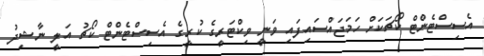
އެސިސްޓެންޓް ކޯޗަކަށް ހަމަޖައްސައިފައި ވަނީ ވިކްޓަރީގެ ކުރީގެ އެސިސްޓެންޓް ކޯޗު އަލީ ނާޝިދު